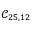
\mathcal { C } _ { 2 5 , 1 2 }